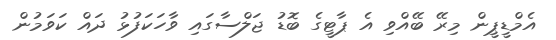
އެމްޑީޕީން މިރޭ ބޭއްވި އެ ޕާޓީގެ ބޮޑު ޖަލްސާގައި ވާހަކަފުޅު ދައް ކަވަމުން